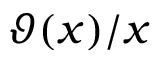
\vartheta ( x ) / x